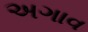
અગાવ